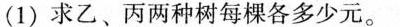
(1)求乙、丙两种树每棵各多少元。